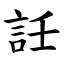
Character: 䚾